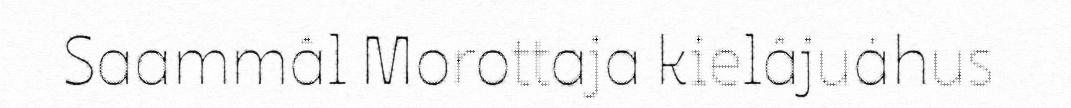
Saammâl Morottaja kielâjuáhus